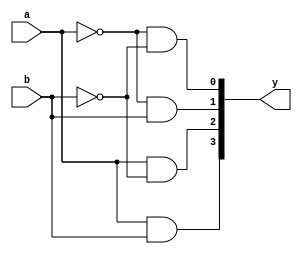
module decoder_2x4(a,b,y);

	input a,b;
	output [3:0] y;
	
	assign y[0] = ~a & ~b;
	assign y[1] = ~a & b;
	assign y[2] = a & ~b;
	assign y[3] = a & b;
	
endmodule